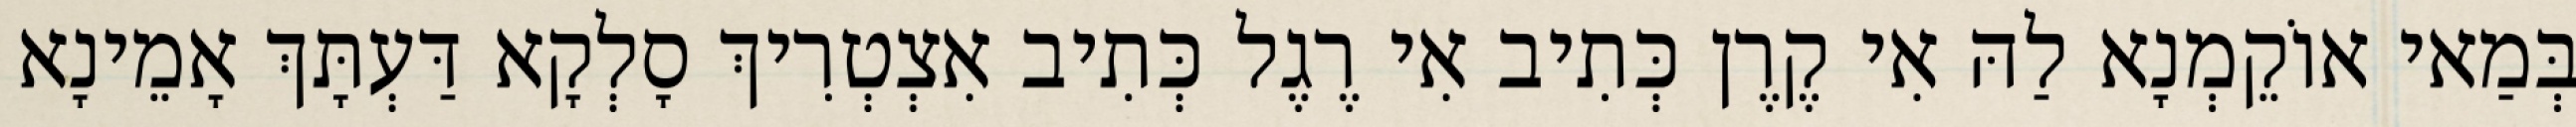
בְּמַאי אוֹקֵמְנָא לַהּ אִי קֶרֶן כְּתִיב אִי רֶגֶל כְּתִיב אִצְטְרִיךְ סָלְקָא דַּעְתָּךְ אָמֵינָא